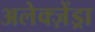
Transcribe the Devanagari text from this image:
अलेक्ज़ेंड्रा